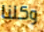
وكلنا